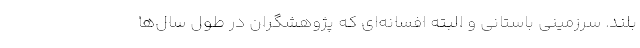
بلند. سرزمینی باستانی و البته افسانه‌ای که پژوهشگران در طول سال‌ها